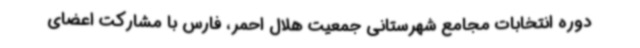
دوره انتخابات مجامع شهرستانی جمعیت هلال احمر، فارس با مشارکت اعضای